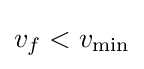
v_{f}<v_{\rm {min}}